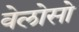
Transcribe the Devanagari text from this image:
वेलोसो